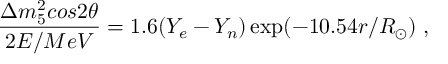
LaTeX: \frac { \Delta m _ { 5 } ^ { 2 } c o s 2 \theta } { 2 E / M e V } = 1 . 6 ( Y _ { e } - Y _ { n } ) \exp ( - 1 0 . 5 4 r / R _ { \odot } ) ~ ,